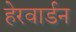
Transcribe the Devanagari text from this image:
हेरवार्डन